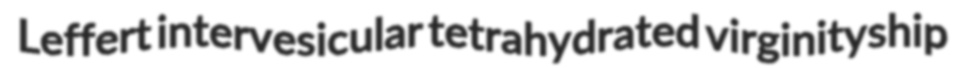
Leffert intervesicular tetrahydrated virginityship